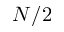
N / 2